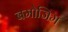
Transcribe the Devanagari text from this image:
बमोजिम